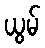
ယွမ်